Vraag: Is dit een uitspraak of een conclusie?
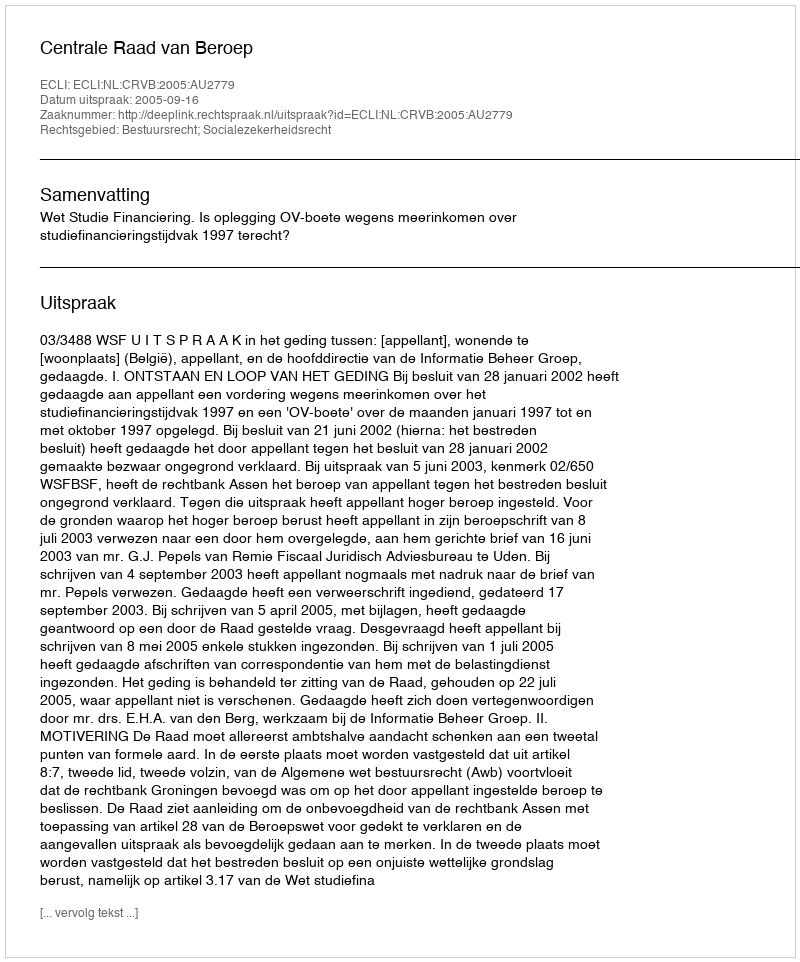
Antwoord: Uitspraak